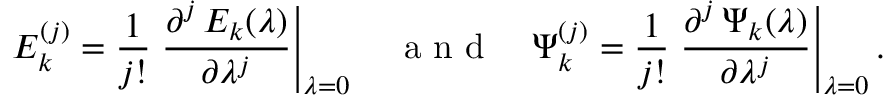
E _ { k } ^ { ( j ) } = \frac { 1 } { j ! } \left. \frac { \partial ^ { j } \, E _ { k } ( \lambda ) } { \partial \lambda ^ { j } } \right\vert _ { \lambda = 0 } \quad \mathrm { ~ a ~ n ~ d ~ } \quad \Psi _ { k } ^ { ( j ) } = \frac { 1 } { j ! } \left. \frac { \partial ^ { j } \, \Psi _ { k } ( \lambda ) } { \partial \lambda ^ { j } } \right\vert _ { \lambda = 0 } .